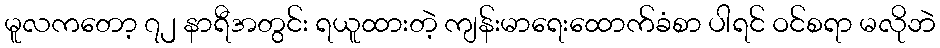
မူလကတော့ ၇၂ နာရီအတွင်း ရယူထားတဲ့ ကျန်းမာရေးထောက်ခံစာ ပါရင် ဝင်စရာ မလိုဘဲ